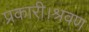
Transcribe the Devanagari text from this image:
प्रकारी।श्रवण